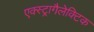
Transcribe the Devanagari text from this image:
एक्स्ट्रागैलेक्टिक